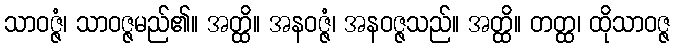
သာဝဇ္ဇံ၊ သာဝဇ္ဇမည်၏။ အတ္ထိ။ အနဝဇ္ဇံ၊ အနဝဇ္ဇသည်။ အတ္ထိ။ တတ္ထ၊ ထိုသာဝဇ္ဇ